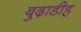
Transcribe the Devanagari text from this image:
बुढ़ाडीह